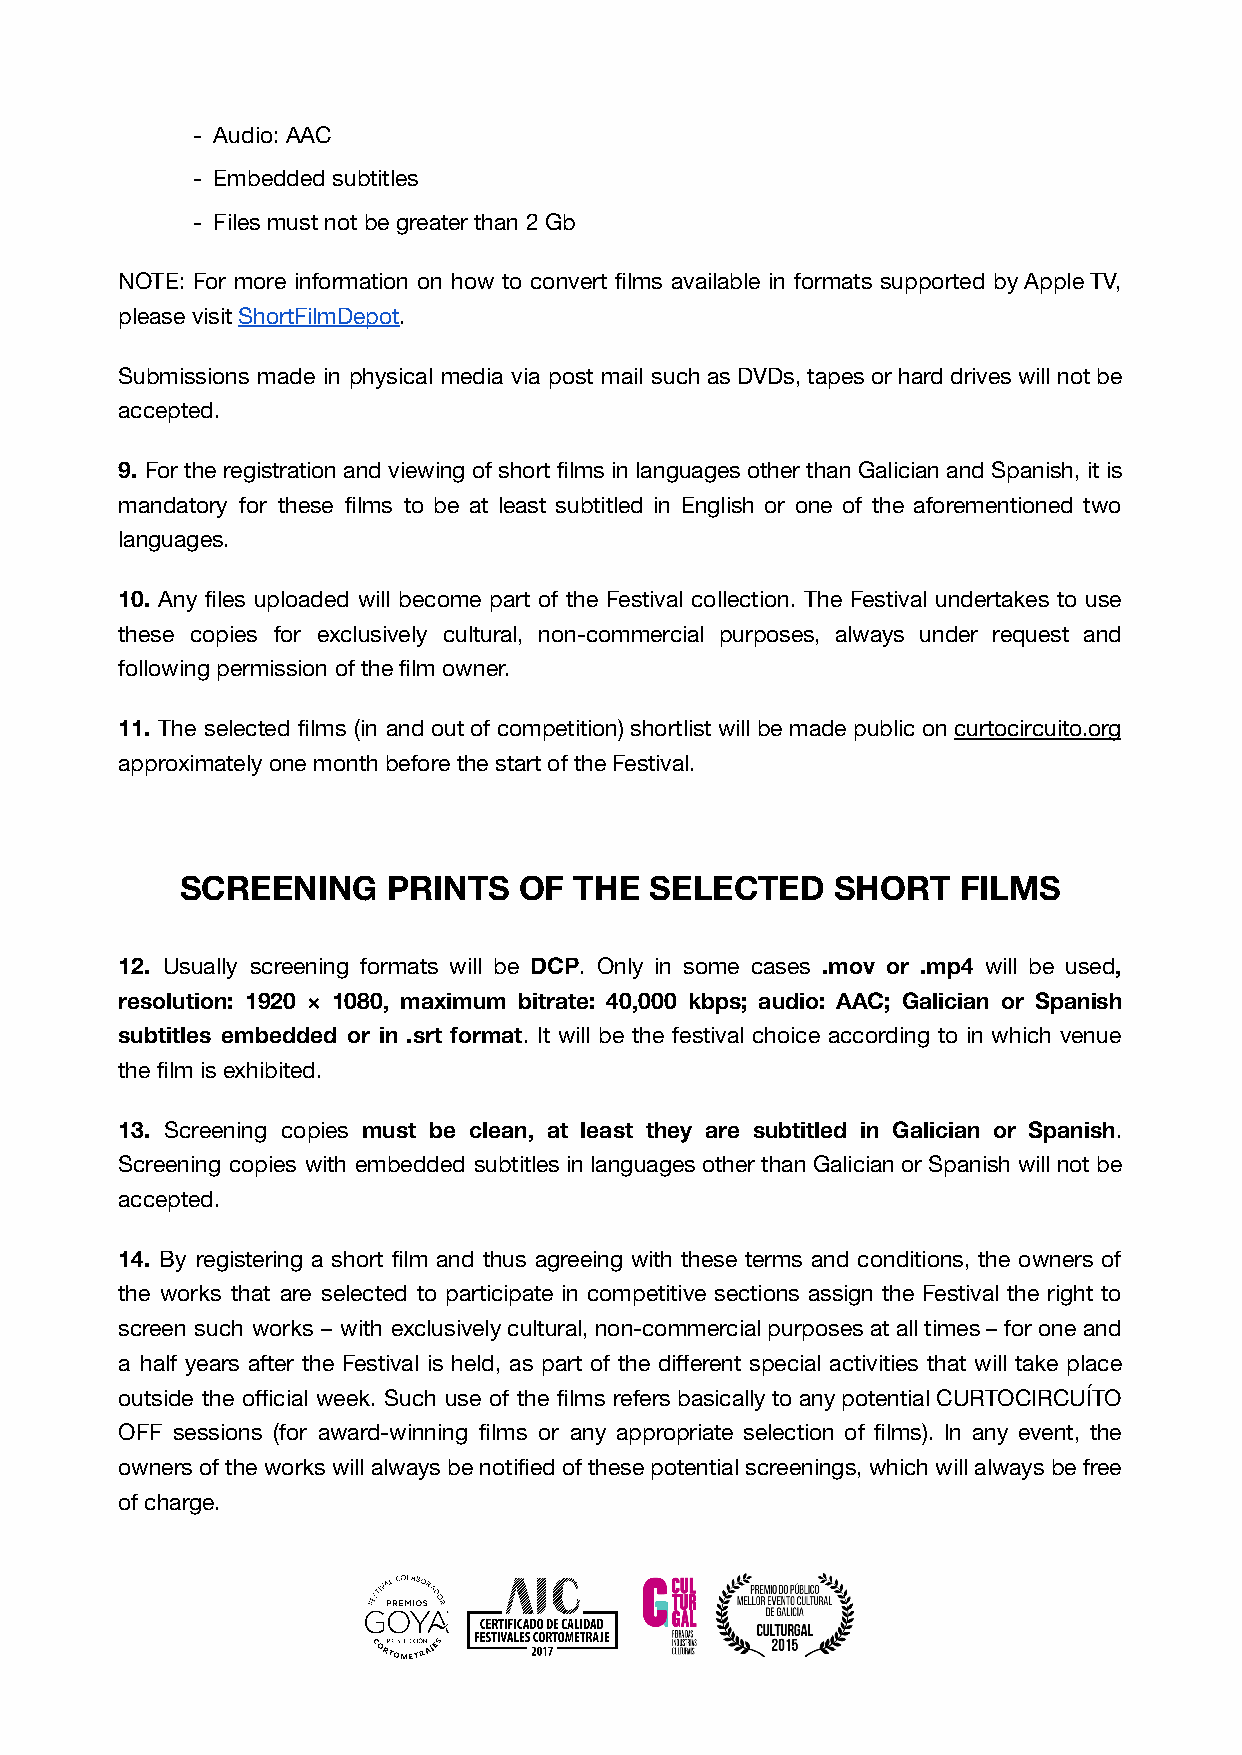
- Audio: AAC
 - Embedded subtitles
 - Files must not be greater than 2 Gb
 NOTE: For more information on how to convert films available in formats supported by Apple TV,
 please visit ShortFilmDepot.
 Submissions made in physical media via post mail such as DVDs, tapes or hard drives will not be
 accepted.
 9. For the registration and viewing of short films in languages other than Galician and Spanish, it is
 mandatory for these films to be at least subtitled in English or one of the aforementioned two
 languages.
 10. Any files uploaded will become part of the Festival collection. The Festival undertakes to use
 these copies for exclusively cultural, non-commercial purposes, always under request and
 following permission of the film owner.
 11. The selected films (in and out of competition) shortlist will be made public on curtocircuito.org
 approximately one month before the start of the Festival.
 SCREENING     PRINTS  OF  THE  SELECTED    SHORT    FILMS
 12. Usually screening formats will be DCP. Only in some cases .mov or .mp4 will be used,
 resolution: 1920 × 1080, maximum bitrate: 40,000 kbps; audio: AAC; Galician or Spanish
 subtitles embedded or in .srt format. It will be the festival choice according to in which venue
 the film is exhibited.
 13. Screening copies must be clean, at least they are subtitled in Galician or Spanish.
 Screening copies with embedded subtitles in languages other than Galician or Spanish will not be
 accepted.
 14. By registering a short film and thus agreeing with these terms and conditions, the owners of
 the works that are selected to participate in competitive sections assign the Festival the right to
 screen such works – with exclusively cultural, non-commercial purposes at all times – for one and
 a half years after the Festival is held, as part of the different special activities that will take place
 outside the official week. Such use of the films refers basically to any potential CURTOCIRCUÍTO
 OFF sessions (for award-winning films or any appropriate selection of films). In any event, the
 owners of the works will always be notified of these potential screenings, which will always be free
 of charge.